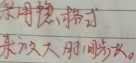
余切、带式
来求大,用同构法。